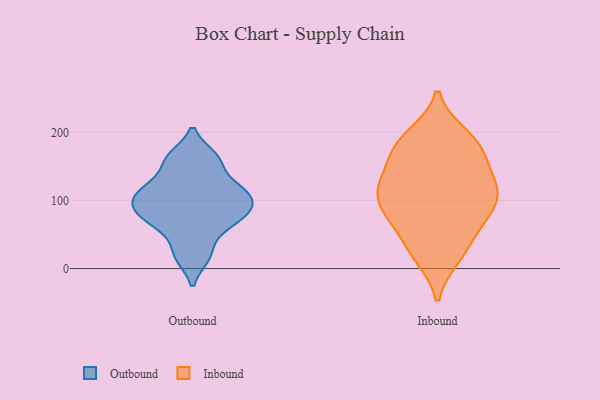
{"axis": {"x": "Budget (USD K)", "y": "Value"}, "legend": ["Inbound", "Outbound"], "data": [{"x": "", "y": 75, "type": "Outbound"}, {"x": "", "y": 67, "type": "Outbound"}, {"x": "", "y": 58, "type": "Outbound"}, {"x": "", "y": 108, "type": "Outbound"}, {"x": "", "y": 105, "type": "Outbound"}, {"x": "", "y": 87, "type": "Outbound"}, {"x": "", "y": 21, "type": "Outbound"}, {"x": "", "y": 156, "type": "Outbound"}, {"x": "", "y": 163, "type": "Outbound"}, {"x": "", "y": 114, "type": "Outbound"}, {"x": "", "y": 18, "type": "Outbound"}, {"x": "", "y": 120, "type": "Outbound"}, {"x": "", "y": 88, "type": "Outbound"}, {"x": "", "y": 162, "type": "Outbound"}, {"x": "", "y": 84, "type": "Outbound"}, {"x": "", "y": 118, "type": "Outbound"}, {"x": "", "y": 79, "type": "Inbound"}, {"x": "", "y": 187, "type": "Inbound"}, {"x": "", "y": 105, "type": "Inbound"}, {"x": "", "y": 64, "type": "Inbound"}, {"x": "", "y": 91, "type": "Inbound"}, {"x": "", "y": 132, "type": "Inbound"}, {"x": "", "y": 168, "type": "Inbound"}, {"x": "", "y": 186, "type": "Inbound"}, {"x": "", "y": 180, "type": "Inbound"}, {"x": "", "y": 18, "type": "Inbound"}, {"x": "", "y": 28, "type": "Inbound"}, {"x": "", "y": 112, "type": "Inbound"}, {"x": "", "y": 23, "type": "Inbound"}, {"x": "", "y": 66, "type": "Inbound"}, {"x": "", "y": 195, "type": "Inbound"}, {"x": "", "y": 157, "type": "Inbound"}, {"x": "", "y": 113, "type": "Inbound"}, {"x": "", "y": 127, "type": "Inbound"}, {"x": "", "y": 91, "type": "Inbound"}, {"x": "", "y": 125, "type": "Inbound"}]}